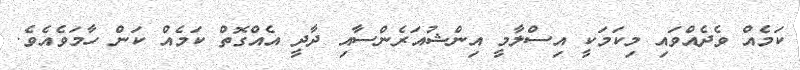
ކަމެއް ވެދެއްވައި މިކަމަކީ އިސްލާމީ އިންޝުއަރެންސާއި ދާދީ އެއްގޮތް ކަމެއް ކަން ހާމަވެއެވެ.